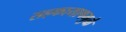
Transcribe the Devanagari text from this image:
सहकायाषमुळे